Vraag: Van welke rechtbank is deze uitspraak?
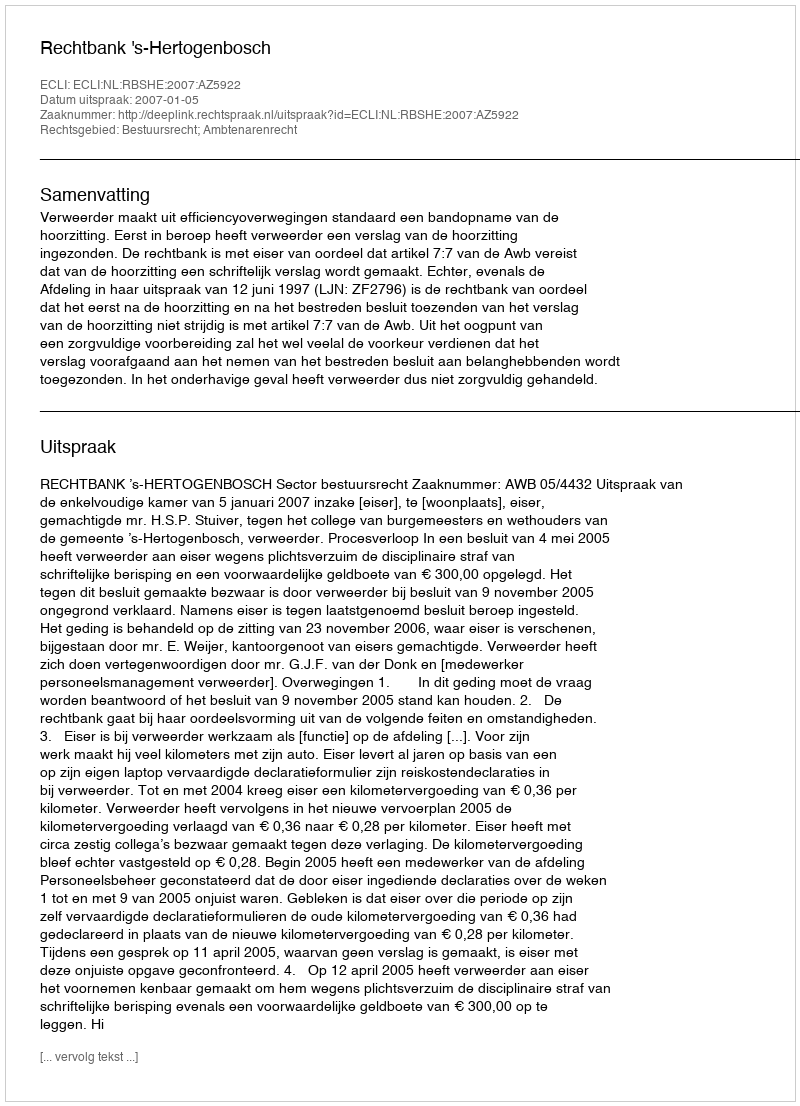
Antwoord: Rechtbank 's-Hertogenbosch